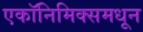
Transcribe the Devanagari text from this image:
एकॉनिमिक्समधून